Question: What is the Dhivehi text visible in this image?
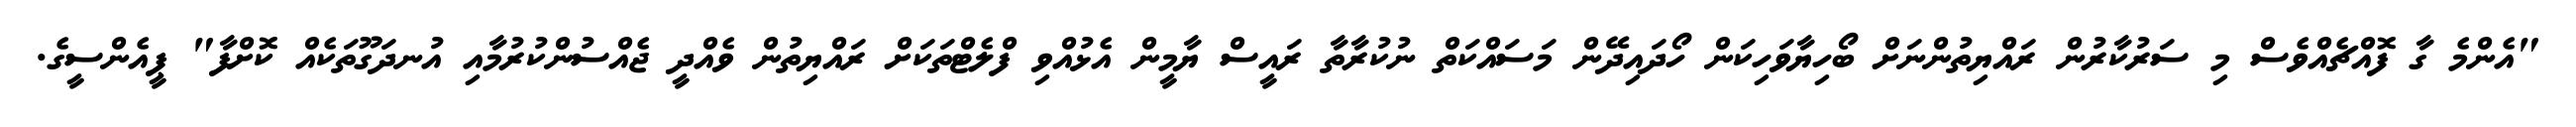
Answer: "އެންމެ ގާ ފޮއްޗެއްވެސް މި ސަރުކާރުން ރައްޔިތުންނަށް ބޯހިޔާވަހިކަން ހޯދައިދޭން މަސައްކަތް ނުކުރާތާ ރައީސް ޔާމީން އެޅުއްވި ފްލެޓްތަކަށް ރައްޔިތުން ވެއްދީ ޖެއްސުންކުރުމާއި އުނދަގޫތަކެއް ކޮށްފާ" ޕީއެންސީގެ.